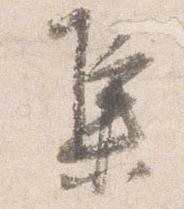
集